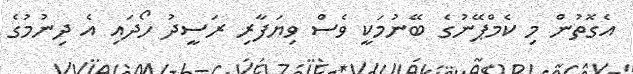
އެގޮތުން މި ކެމްޕޭނުގެ ބޭނުމަކީ ވެސް ވިޔަފާރި ރަސީދު ހޯދައި އެ ދިނުމުގެ